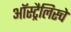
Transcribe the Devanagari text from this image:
ऑस्ट्रैलिस्चे